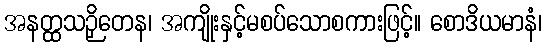
အနတ္ထသဉှိတေန၊ အကျိုးနှင့်မစပ်သောစကားဖြင့်။ စောဒိယမာနံ၊